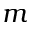
m